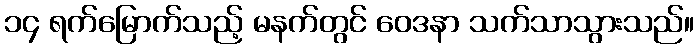
၁၄ ရက်မြောက်သည့် မနက်တွင် ဝေဒနာ သက်သာသွားသည်။